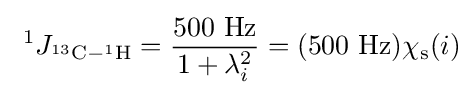
\ ^{1}J_{^{13}\mathrm {C} -^{1}\mathrm {H} }={\frac {500\ \mathrm {Hz} }{1+\lambda _{i}^{2}}}=(500\ \mathrm {Hz} )\chi _{\mathrm {s} }(i)